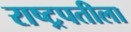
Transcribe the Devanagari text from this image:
राष्ट्रपतीला